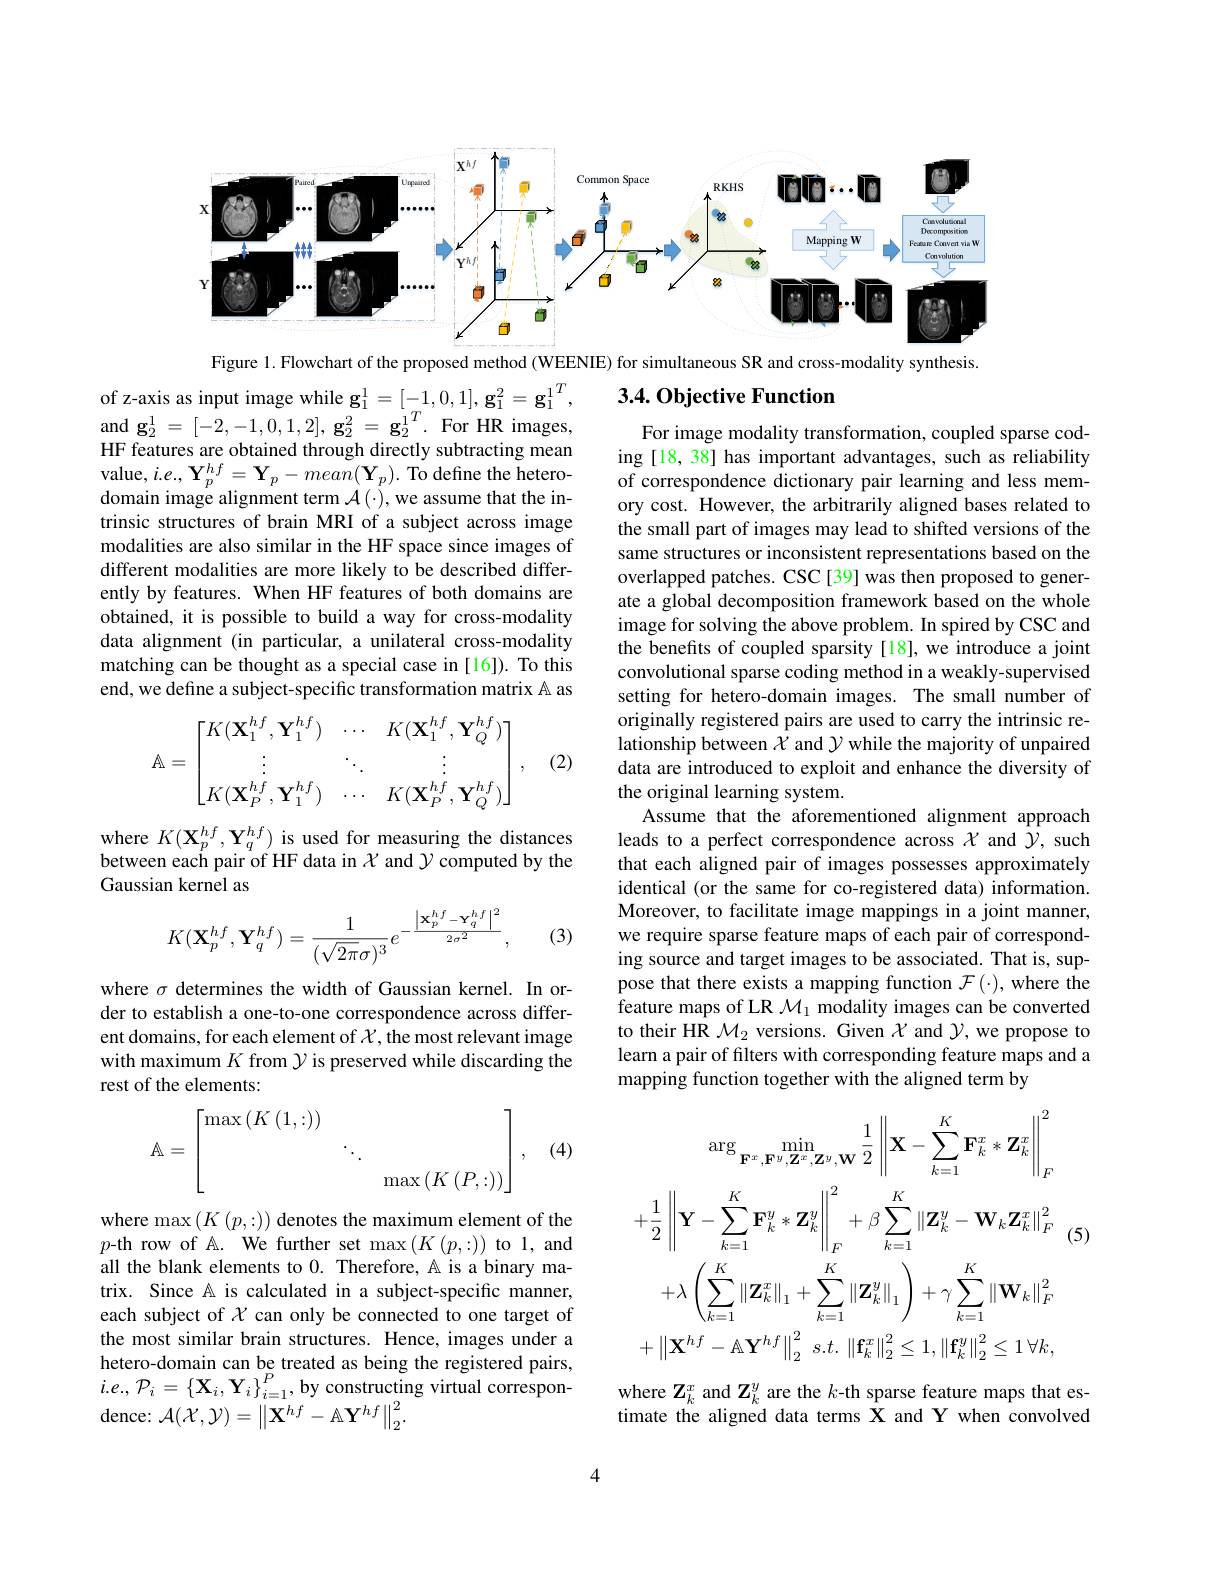
<FigureHere>

Figure 1. Flowchart of the proposed method (WEENIE) for simultaneous SR and cross-modality synthesis.

## 3.4. Objective Function

of z-axis as input image while $\mathbf{g}_1^1=[-1,0,1],\mathbf{g}_1^2=\mathbf{g}_1^1^T$, and $\mathbf{g}_2^1=[-2,-1,0,1,2],\mathbf{g}_2^2=\mathbf{g}_2^1T.$ For HR images, HF features are obtained through directly subtracting mean value, $i.e.,\mathbf{Y}_{p}^{hf}=\mathbf{Y}_{p}-mean(\mathbf{Y}_{p}).$ To define the heterodomain image alignment term $\mathcal{A}(\cdot)$,we assume that the intrinsic structures of brain MRI of a subject across image modalities are also similar in the HF space since images of different modalities are more likely to be described differently by features. When HF features of both domains are obtained, it is possible to build a way for cross-modality data alignment (in particular, a unilateral cross-modality matching can be thought as a special case in [16]). To this end, we define a subject-specific transformation matrix A as

For image modality transformation, coupled sparse coding [18, 38] has important advantages, such as reliability of correspondence dictionary pair learning and less memory cost. However, the arbitrarily aligned bases related to the small part of images may lead to shifted versions of the same structures or inconsistent representations based on the overlapped patches. CSC[39] was then proposed to generate a global decomposition framework based on the whole image for solving the above problem. In spired by CSC and the benefits of coupled sparsity[18], we introduce a joint convolutional sparse coding method in a weakly-supervised setting for hetero-domain images. The small number of originally registered pairs are used to carry the intrinsic relationship between $X$ and $\mathcal{Y}$ while the majority of unpaired data are introduced to exploit and enhance the diversity of the original learning system.
Assume that the aforementioned alignment approach leads to a perfect correspondence across $\chi$ and $\gamma$, such that each aligned pair of images possesses approximately identical (or the same for co-registered data) information. Moreover, to facilitate image mappings in a joint manner, we require sparse feature maps of each pair of corresponding source and target images to be associated. That is, suppose that there exists a mapping function $\mathcal{F}(\cdot)$, where the feature maps of LR $\mathcal{M}_1$ modality images can be converted to their HR $\mathcal{M}_2$ versions. Given $\mathcal{X}$ and $\mathcal{Y}$, we propose to learn a pair of filters with corresponding feature maps and a mapping function together with the aligned term by
$$\mathbb A=\begin{bmatrix}K(\mathbf{X}_1^{hf},\mathbf{Y}_1^{hf})&\cdots&K(\mathbf{X}_1^{hf},\mathbf{Y}_Q^{hf})\\\vdots&\ddots&\vdots\\K(\mathbf{X}_P^{hf},\mathbf{Y}_1^{hf})&\cdots&K(\mathbf{X}_P^{hf},\mathbf{Y}_Q^{hf})\end{bmatrix},$$
(2)

where $K(\mathbf{X}_{p}^{hf},\mathbf{Y}_{q}^{hf})$ is used for measuring the distances between each pair of HF data in $X$ and $\mathcal{Y}$ computed by the Gaussian kernel as

(3)
$$K(\mathbf{X}_p^{hf},\mathbf{Y}_q^{hf})=\frac{1}{(\sqrt{2\pi}\sigma)^3}e^{-\frac{\left|\mathbf{x}_p^{hf}-\mathbf{Y}_q^{hf}\right|^2}{2\sigma^2}},$$
where $\sigma$ determines the width of Gaussian kernel. In order to establish a one-to-one correspondence across different domains, for each element of $\mathcal{X}$, the most relevant image with maximum $K$ from $\mathcal{Y}$ is preserved while discarding the rest of the elements:

(4)
$$\mathbb{A}=\begin{bmatrix}\max\left(K\left(1,:\right)\right)&&\\&\ddots&\\&&\max\left(K\left(P,:\right)\right)\end{bmatrix},$$
$$\begin{aligned}&\arg\min_{\mathbf{F}^{x},\mathbf{F}^{y},\mathbf{Z}^{x},\mathbf{Z}^{y},\mathbf{W}}\frac{1}{2}\left\|\mathbf{X}-\sum_{k=1}^{K}\mathbf{F}_{k}^{x}*\mathbf{Z}_{k}^{x}\right\|_{F}^{2}\\&+\frac{1}{2}\left\|\mathbf{Y}-\sum_{k=1}^{K}\mathbf{F}_{k}^{y}*\mathbf{Z}_{k}^{y}\right\|_{F}^{2}+\beta\sum_{k=1}^{K}\left\|\mathbf{Z}_{k}^{y}-\mathbf{W}_{k}\mathbf{Z}_{k}^{x}\right\|_{F}^{2}&\text{(5)}\\&+\lambda\left(\sum_{k=1}^{K}\left\|\mathbf{Z}_{k}^{x}\right\|_{1}+\sum_{k=1}^{K}\left\|\mathbf{Z}_{k}^{y}\right\|_{1}\right)+\gamma\sum_{k=1}^{K}\left\|\mathbf{W}_{k}\right\|_{F}^{2}\\&+\left\|\mathbf{X}^{hf}-\mathbb{A}\mathbf{Y}^{hf}\right\|_{2}^{2}\:s.t.\:\left\|\mathbf{f}_{k}^{x}\right\|_{2}^{2}\leq1,\left\|\mathbf{f}_{k}^{y}\right\|_{2}^{2}\leq1\:\forall k,\end{aligned}$$
where $\operatorname*{max}\left(K\left(p,:\right)\right)$denotes the maximum element of the $p$-th row of A. We further set max$\left(K\left(p,:\right)\right)$to 1,and all the blank elements to 0. Therefore, A is a binary matrix. Since A is calculated in a subject-specific manner, each subject of $\chi$ can only be connected to one target of the most similar brain structures. Hence, images under a hetero-domain can be treated as being the registered pairs, $i.e.,\mathcal{P}_{i}=\left\{\mathbf{X}_{i},\mathbf{Y}_{i}\right\}_{i=1}^{P}$,by constructing virtual correspondence: $\mathcal{A}(\mathcal{X},\mathcal{Y})=\left\|\mathbf{X}^{hf}-\mathbb{A}\mathbf{Y}^{hf}\right\|_{2}^{2}.$

where $\mathbf{Z}_{k}^{x}$ and $\mathbf{Z}_{k}^{y}$ are the $k$-th sparse feature maps that estimate the aligned data terms X and Y when convolved

4